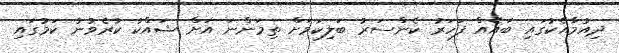
ދިއުމާއެކުގައި ބައެއް ފަހަރު ކެންސަރު ބަލިކަމަށް ތިމަންނަ އަށް ޝައްކު ކުރެވުނު ކަމުގައި